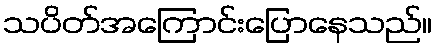
သပိတ်အကြောင်းပြောနေသည်။